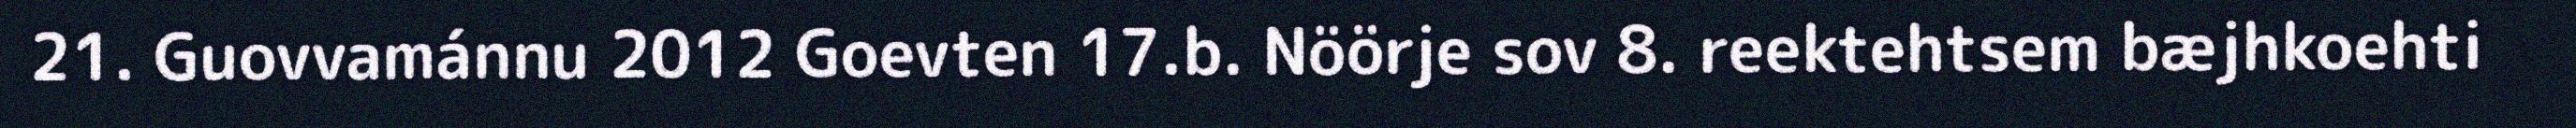
21. Guovvamánnu 2012 Goevten 17.b. Nöörje sov 8. reektehtsem bæjhkoehti